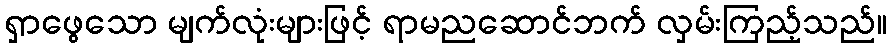
ရှာဖွေသော မျက်လုံးများဖြင့် ရာမညဆောင်ဘက် လှမ်းကြည့်သည်။